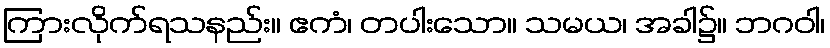
ကြားလိုက်ရသနည်း။ ဧကံ၊ တပါးသော။ သမယ၊ အခါ၌။ ဘဂဝါ၊